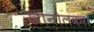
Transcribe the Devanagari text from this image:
खानोलकर।